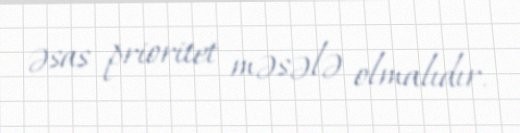
əsas prioritet məsələ olmalıdır.